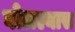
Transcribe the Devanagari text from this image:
बोलल्यास